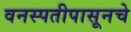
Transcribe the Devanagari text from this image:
वनस्पतीपासूनचे